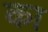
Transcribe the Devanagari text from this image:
का